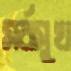
সর্বসুখ